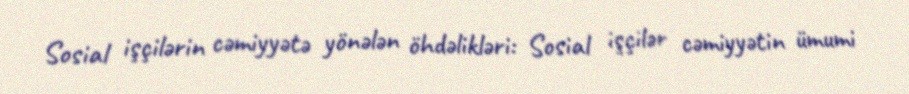
Sosial işçilərin cəmiyyətə yönələn öhdəlikləri: Sosial işçilər cəmiyyətin ümumi